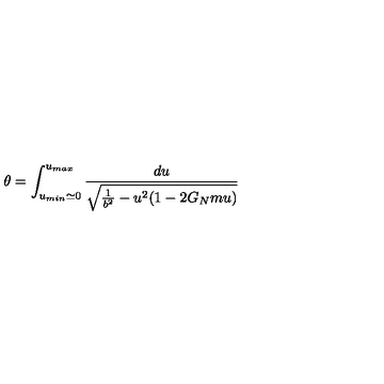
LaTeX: \theta = \int _ { u _ { m i n } \simeq 0 } ^ { u _ { m a x } } { \frac { d u } { \sqrt { { \frac { 1 } { b ^ { 2 } } } - u ^ { 2 } ( 1 - 2 G _ { N } m u ) } } }